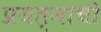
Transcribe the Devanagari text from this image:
प्रयत्नाची